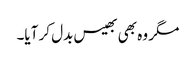
مگر وہ بھی بھیس بدل کر آیا۔